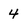
Character: 4